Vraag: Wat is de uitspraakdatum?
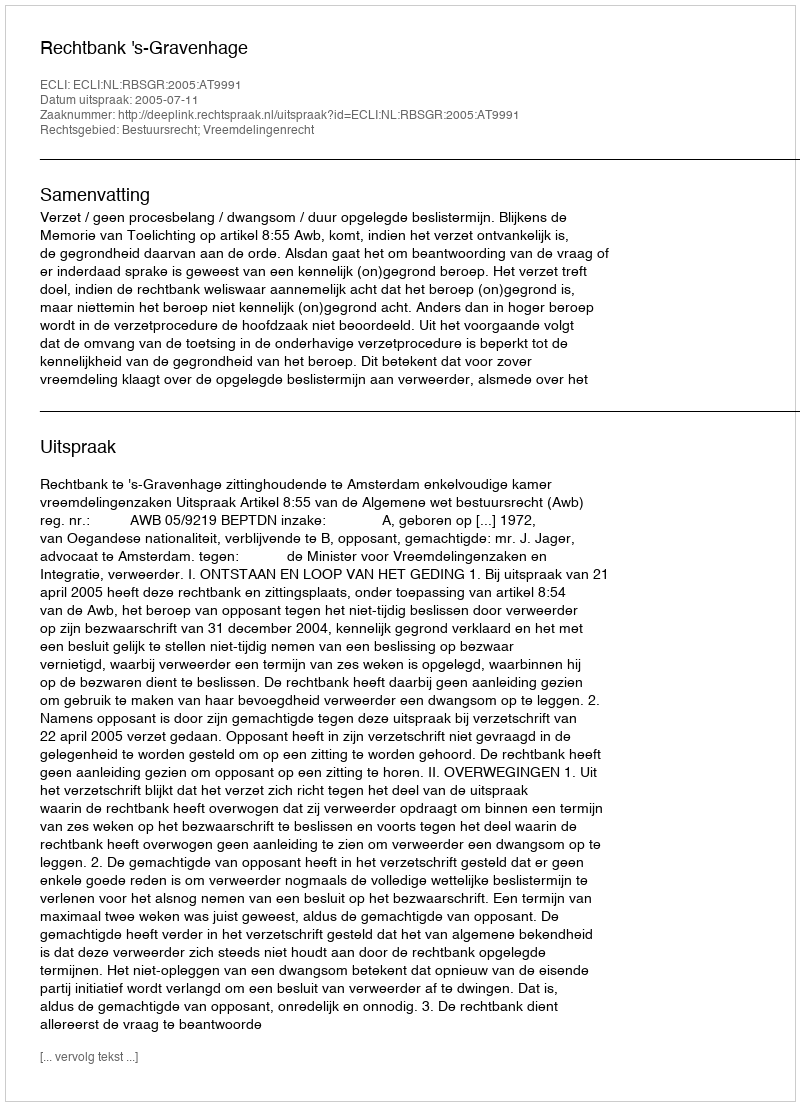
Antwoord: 2005-07-11